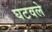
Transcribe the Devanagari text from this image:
घटवले